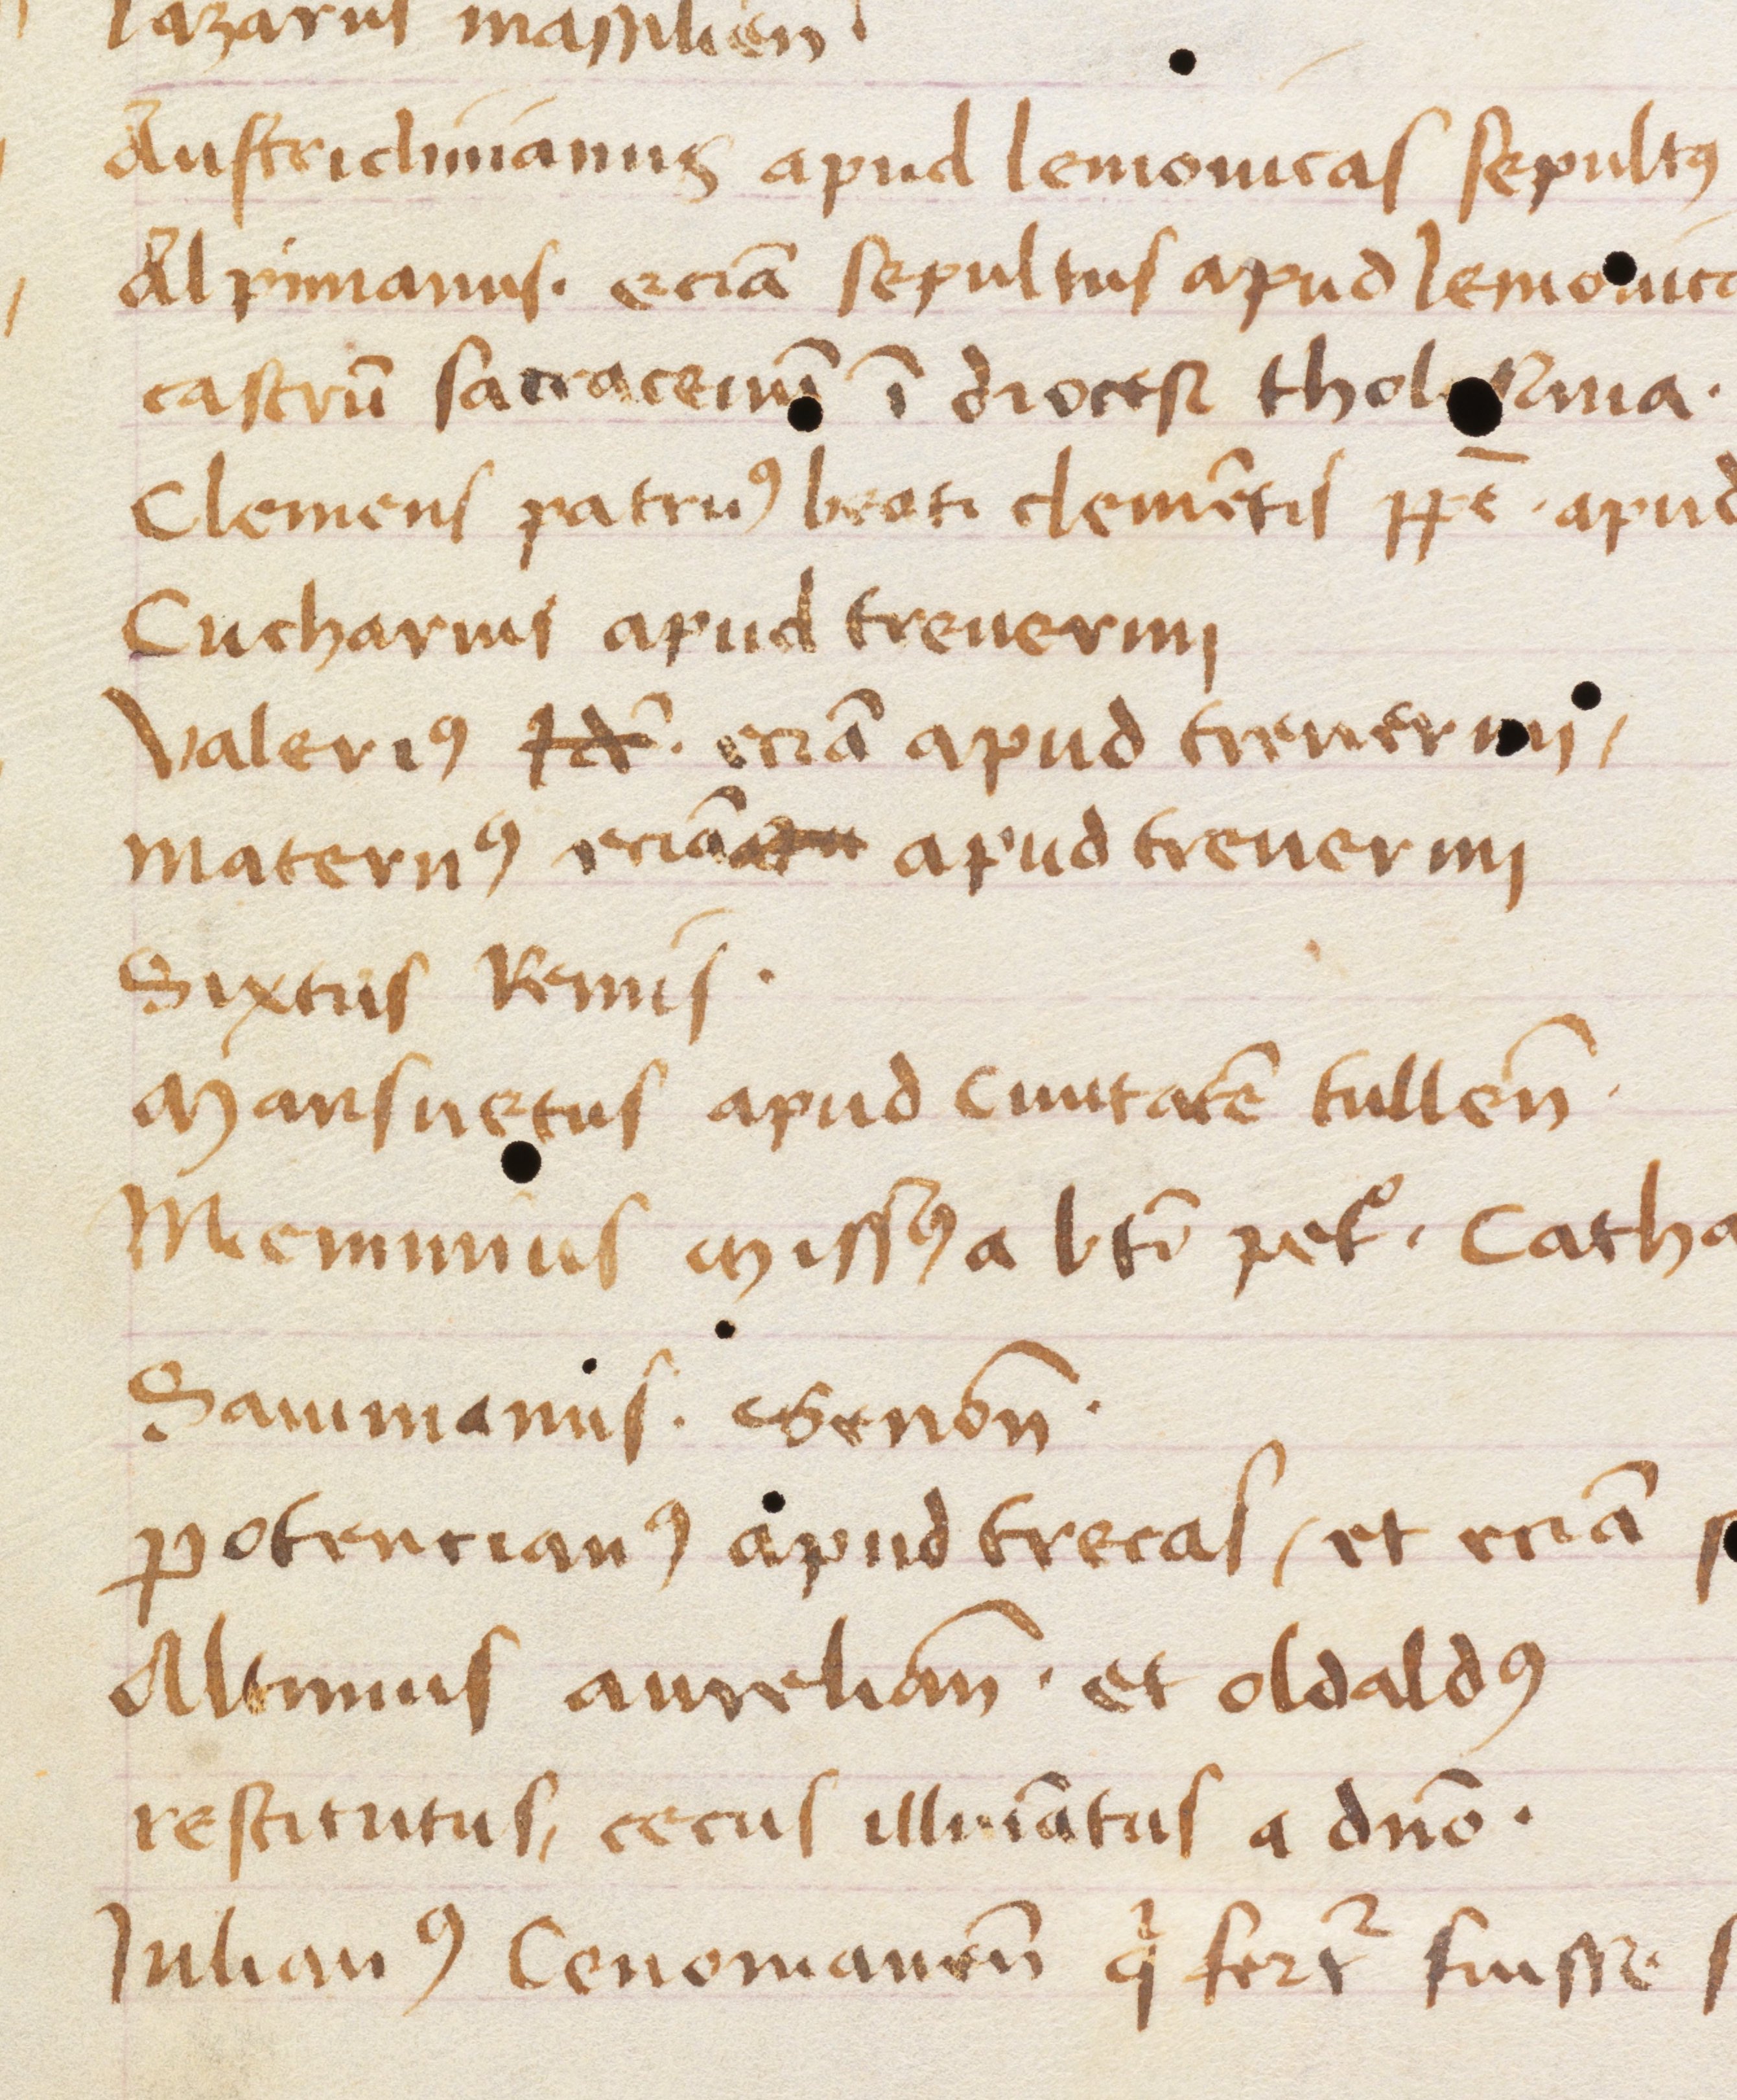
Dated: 1452–1452